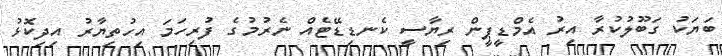
ބަޔަކު ގަބޫލުކުރާ އިރު އެމްޑީޕީން ރިޔާސީ ކެނޑިޑޭޓެއް ނެރުމުގެ ފުރިހަމަ އިހުތިޔާރު އިދިކޮޅު